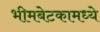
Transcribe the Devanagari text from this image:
भीमबेटकामध्ये